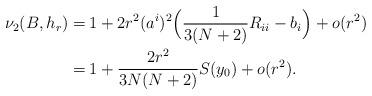
\begin{align*}\nu_2(B,h_r)=&\: {1}+{2r^2}(a^{i})^2 \Bigl(\frac{1}{3(N+2)} R_{ii} -b_i \Bigr) +o(r^2)\\=&\: {1}+ \frac{2r^2}{3N(N+2)} S(y_0) +o(r^2). \end{align*}